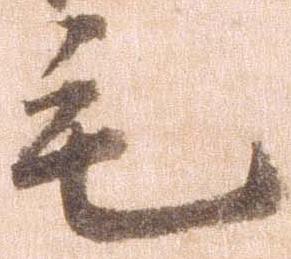
毛